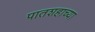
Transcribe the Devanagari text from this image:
पातशहाच्या